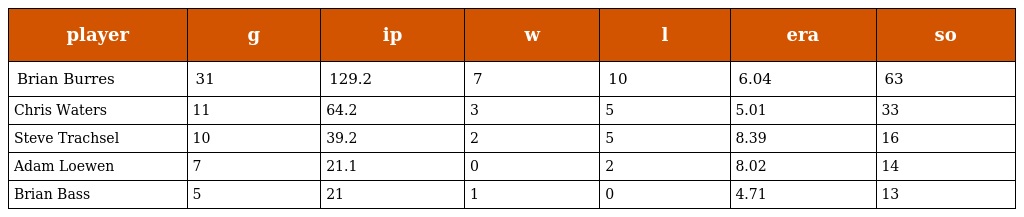
| player | g | ip | w | l | era | so |
 | --- | --- | --- | --- | --- | --- | --- |
 | Brian Burres | 31 | 129.2 | 7 | 10 | 6.04 | 63 |
 | Chris Waters | 11 | 64.2 | 3 | 5 | 5.01 | 33 |
 | Steve Trachsel | 10 | 39.2 | 2 | 5 | 8.39 | 16 |
 | Adam Loewen | 7 | 21.1 | 0 | 2 | 8.02 | 14 |
 | Brian Bass | 5 | 21 | 1 | 0 | 4.71 | 13 |